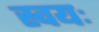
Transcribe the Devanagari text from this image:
स्वयः